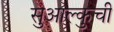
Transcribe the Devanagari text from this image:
सुआल्कुची